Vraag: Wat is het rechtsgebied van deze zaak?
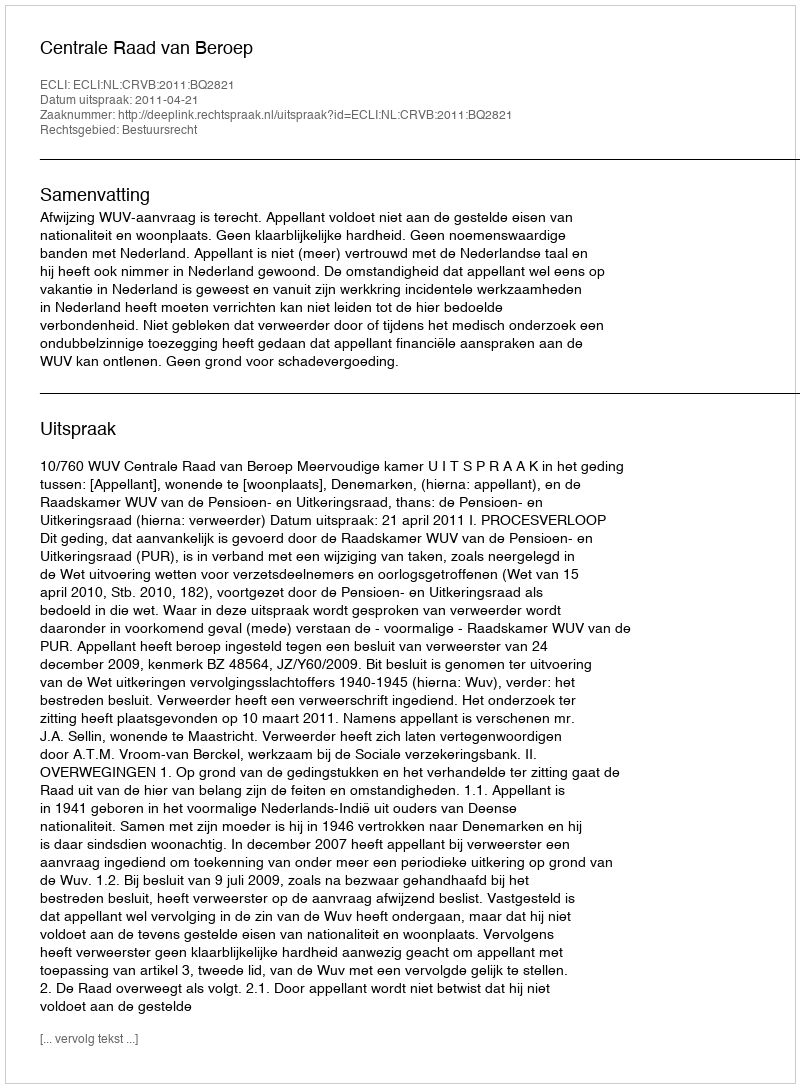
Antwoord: Bestuursrecht